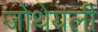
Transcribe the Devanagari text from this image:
जोथेयली